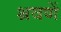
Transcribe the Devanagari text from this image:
श्रवणें